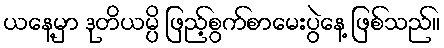
ယနေ့မှာ ဒုတိယမ္ပိ ဖြည့်စွက်စာမေးပွဲနေ့ ဖြစ်သည်။